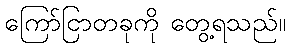
ကြော်ငြာတခုကို တွေ့ရသည်။